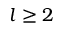
l \geq 2